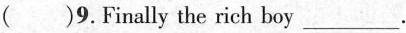
( )9.Finally the rich boy ___.